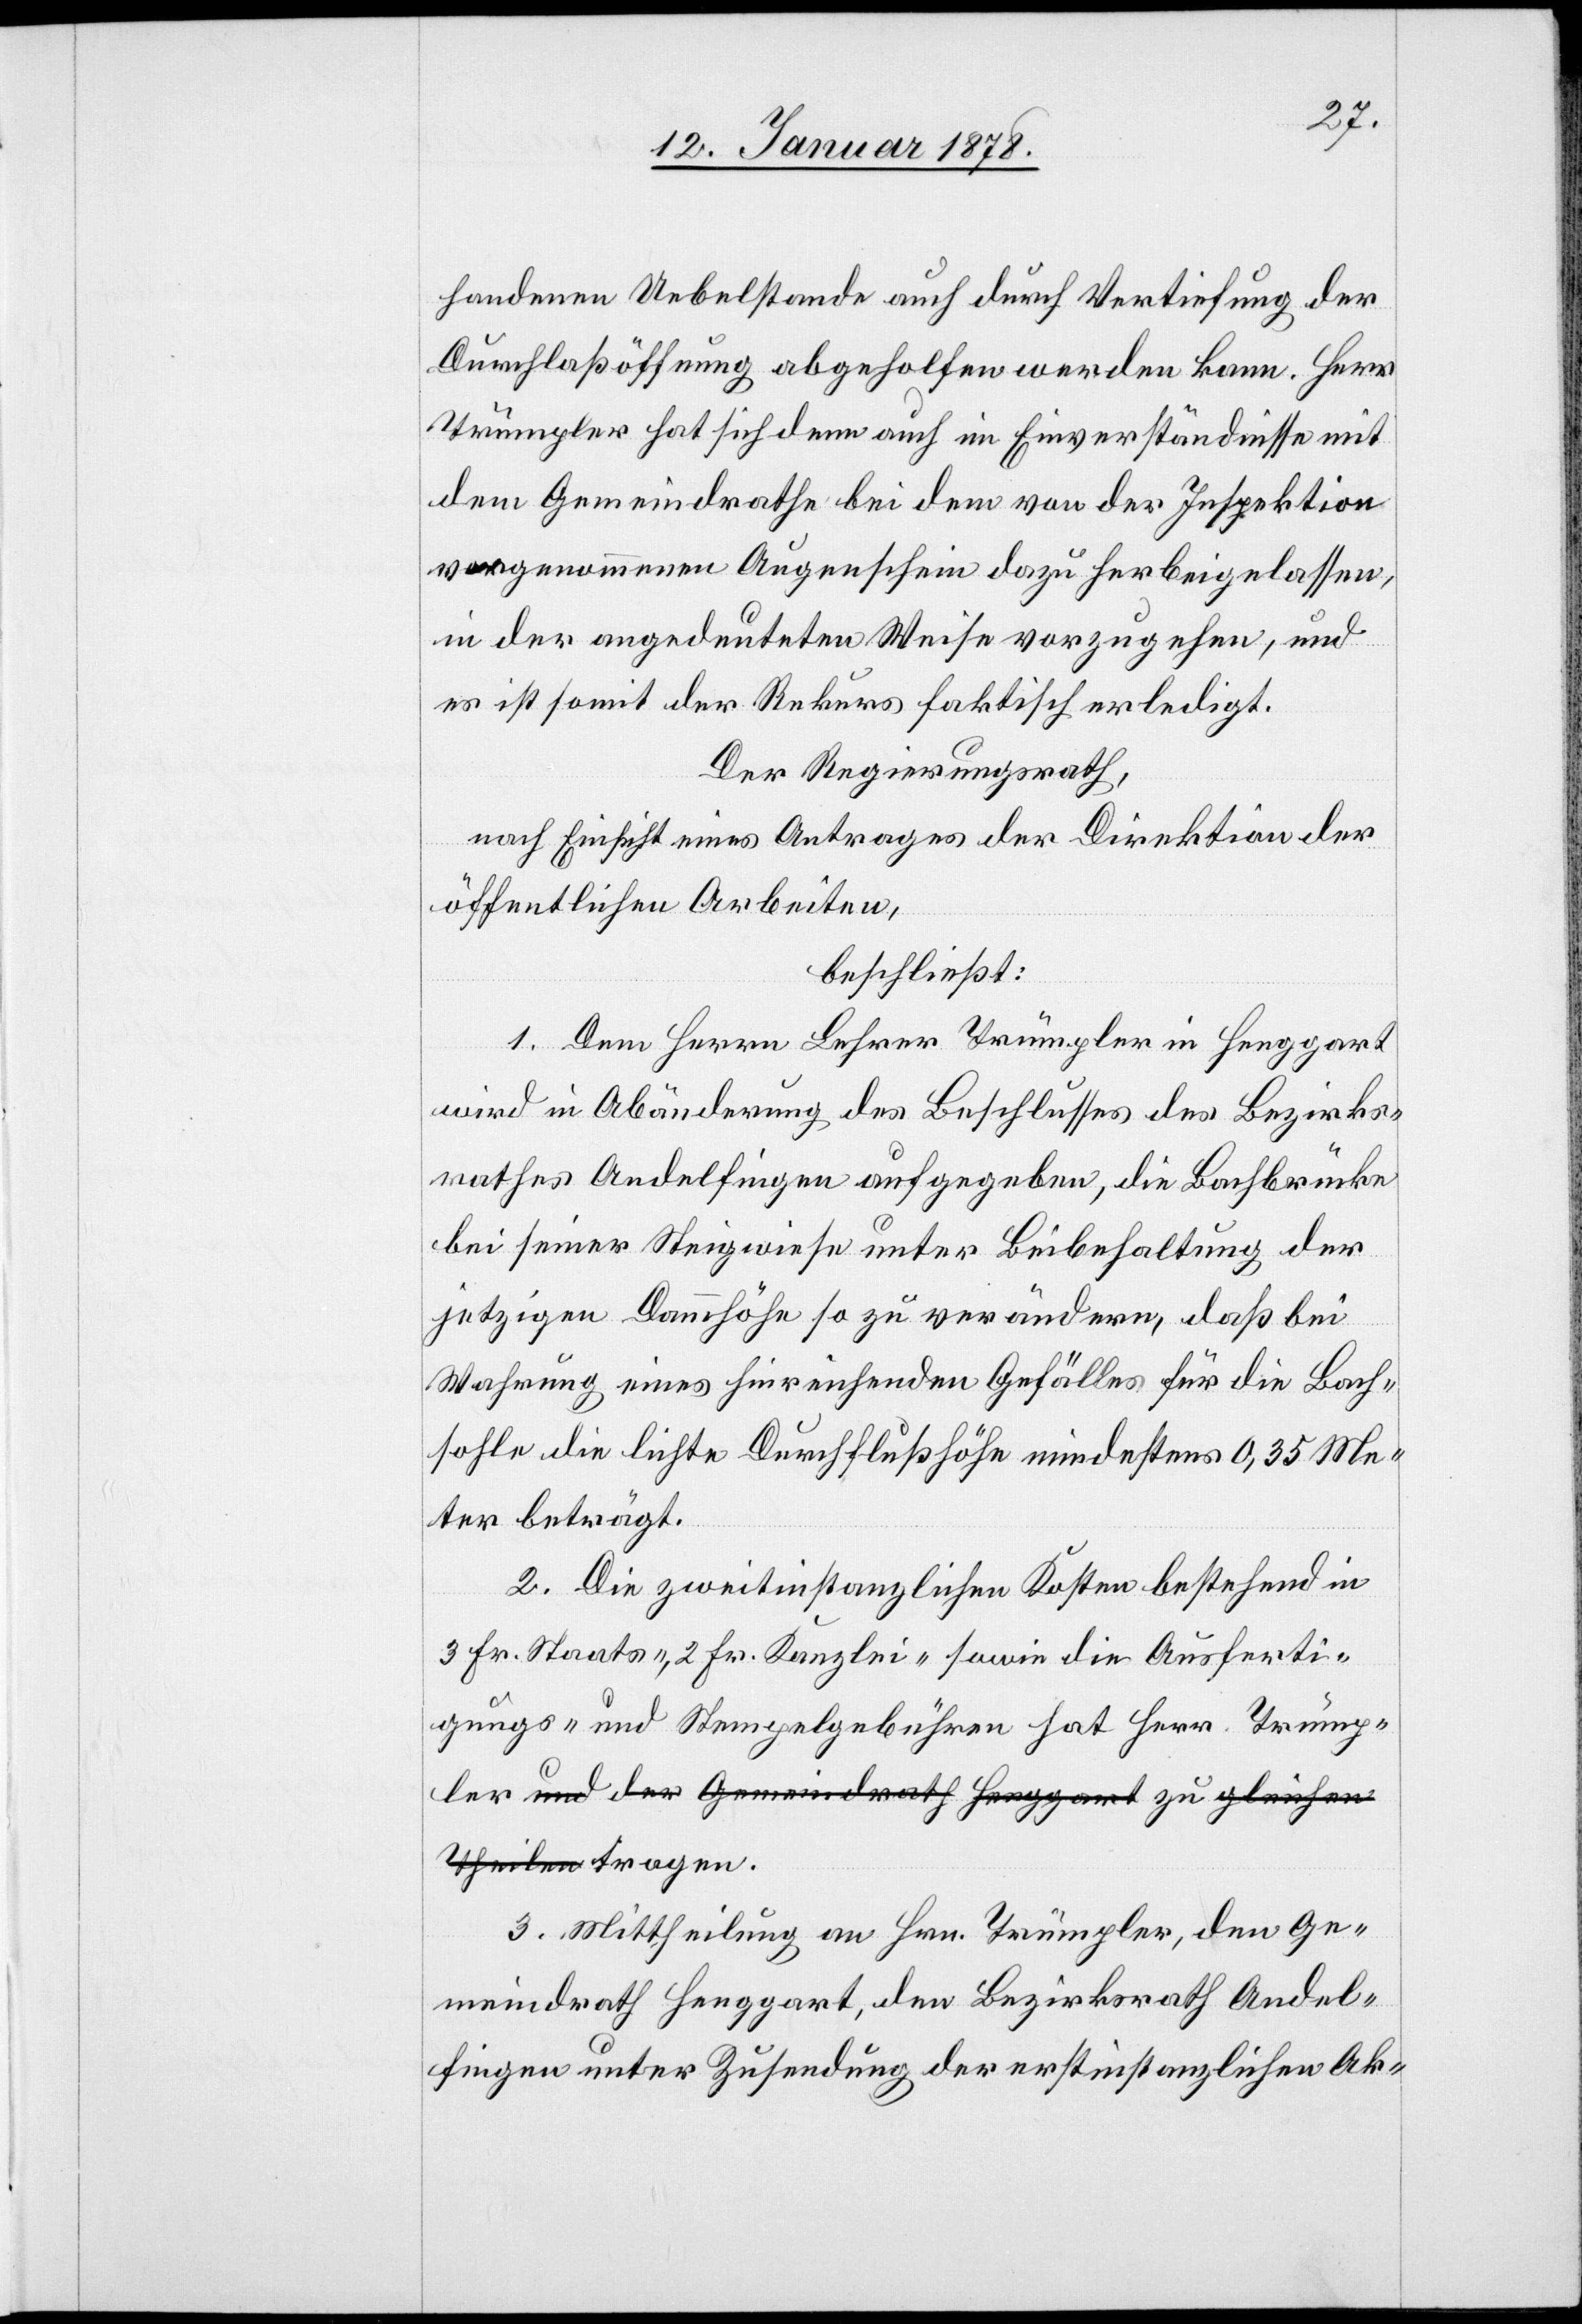
handenen Uebelstande auch durch Vertiefung der
Durchlaßöffnung abgeholfen werden kann. Herr
Trümpler hat sich denn auch im Einverständnisse mit
dem Gemeindrathe bei dem von der Inspektion
vorgenommenen Augenschein dazu herbeigelassen,
in der angedeuteten Weise vorzugehen, und
es ist somit der Rekurs faktisch erledigt.
Der Regierungsrath,
nach Einsicht eines Antrages der Direktion der
öffentlichen Arbeiten,
beschließt:
1. Dem Herrn Lehrer Trümpler in Henggart
wird in Abänderung des Beschlusses des Bezirks¬
rathes Andelfingen aufgegeben, die Bachbrücke
bei seiner Steigwiese unter Beibehaltung der
jetzigen Dammhöhe so zu verändern, daß bei
Wahrung eines hinreichenden Gefälles für die Bach¬
sohle die lichte Durchflußhöhe mindestens 0,35 Me¬
ter beträgt.
2. Die zweitinstanzlichen Kosten bestehend in
3 Fr. Staats-, 2 Fr. Kanzlei- sowie die Ausferti¬
gungs- & Stempelgebühren hat Herr Trümp¬
ler a-und der Gemeindrath Henggart-a zu a-gleichen
Theilen-a tragen.
3. Mittheilung an Hrn. Trümpler, den Ge¬
meindrath Henggart, den Bezirksrath Andel¬
fingen unter Zusendung der erstinstanzlichen Ak-